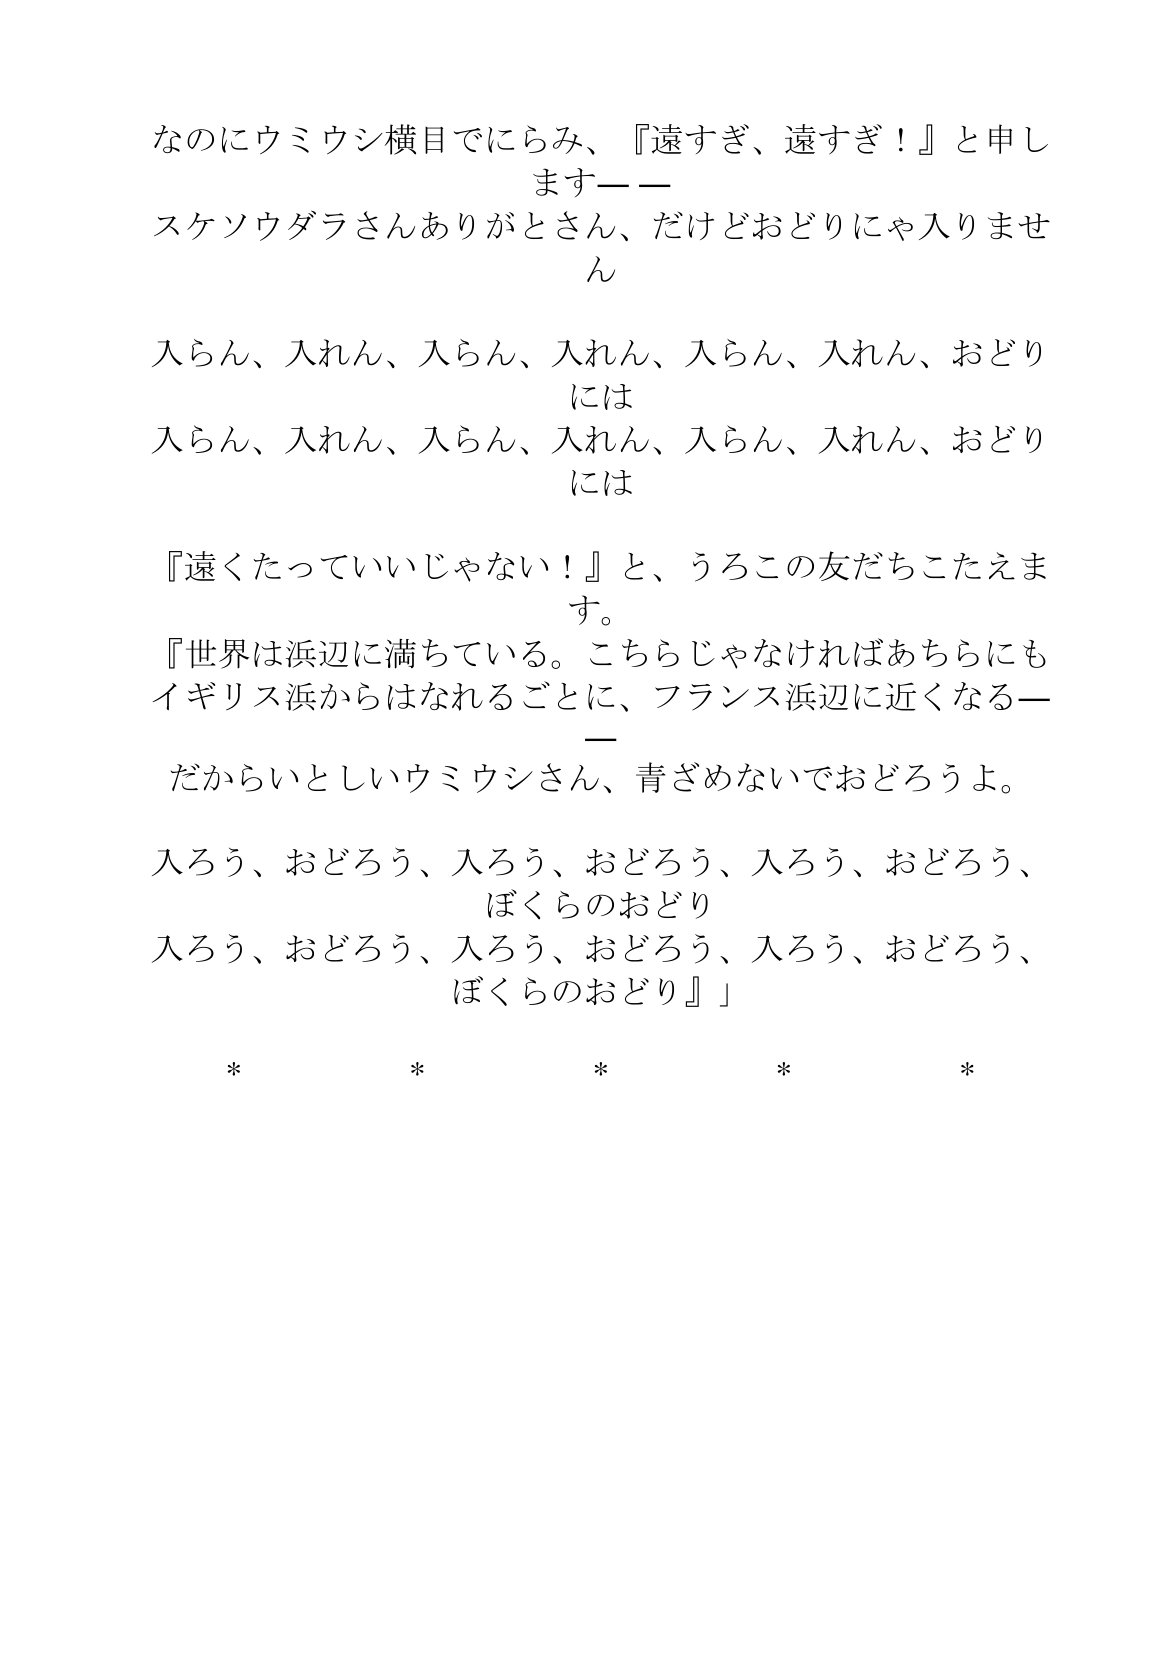
Language: ja